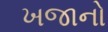
ખજાનો